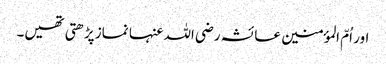
اور اُمّ المؤمنین عائشہ رضی اللہ عنہا نماز پڑھتی تھیں۔